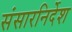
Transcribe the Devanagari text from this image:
संसारनिर्देश